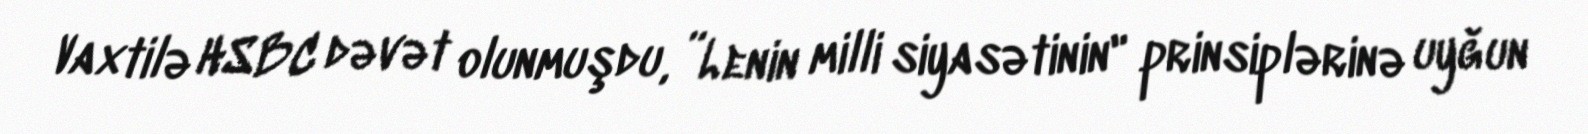
Vaxtilə HSBC dəvət olunmuşdu, ”Lenin milli siyasətinin" prinsiplərinə uyğun